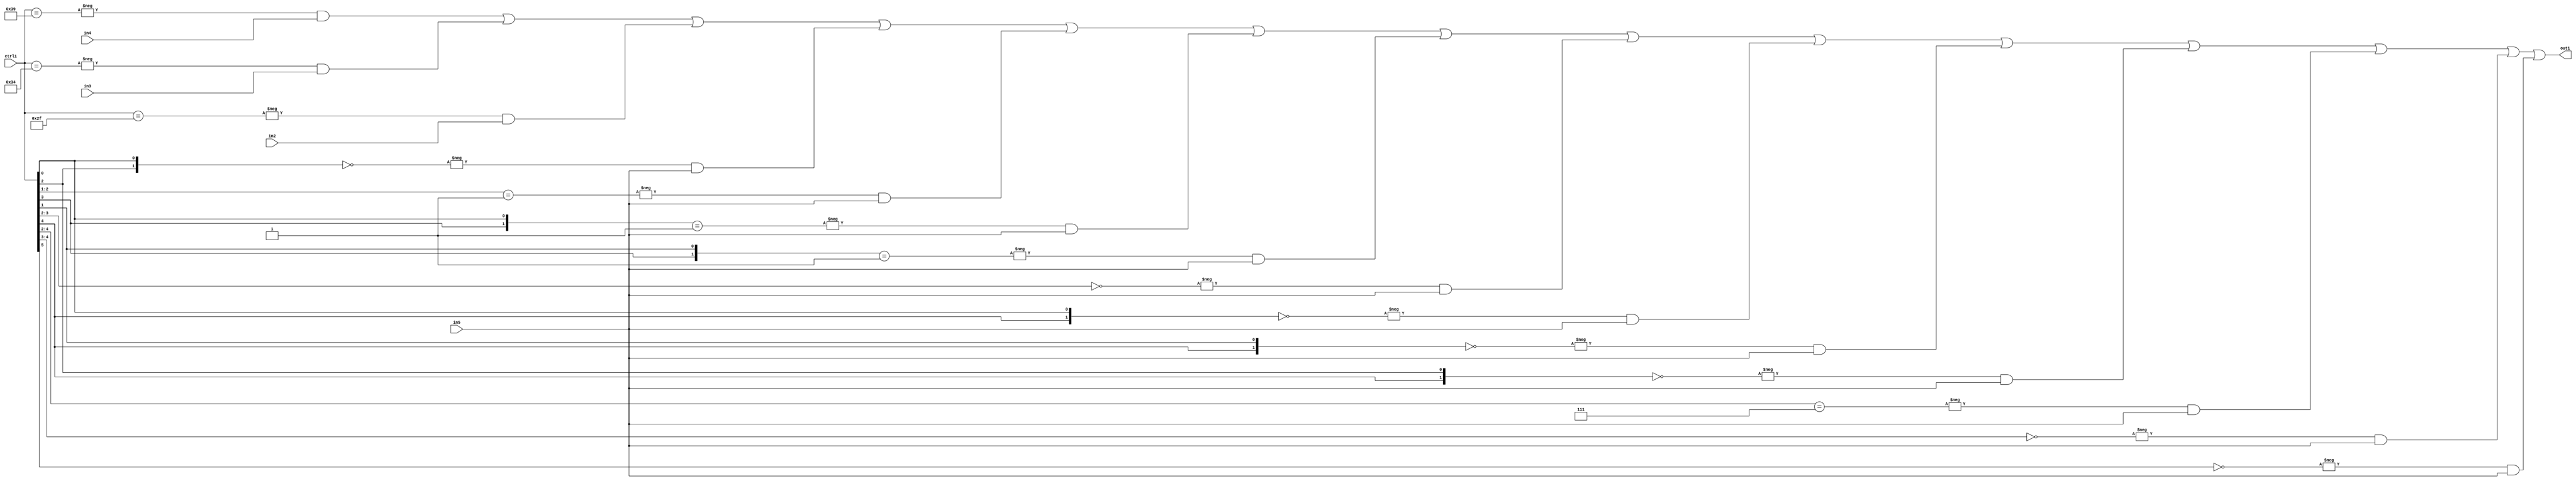
`timescale 1ps / 1ps
/*****************************************************************************
    Verilog RTL Description
    
    
    Created by: Stratus DpOpt 21.05.01 
*******************************************************************************/

module SobelFilter_N_Mux_32_4_28_4 (
	in5,
	in4,
	in3,
	in2,
	ctrl1,
	out1
	); /* architecture "behavioural" */ 
input [31:0] in5;
input [8:0] in4,
	in3,
	in2;
input [5:0] ctrl1;
output [31:0] out1;
wire [31:0] asc001;

assign asc001 = 
	-{ctrl1 == 6'B111001} & in4 |
	-{ctrl1 == 6'B110100} & in3 |
	-{ctrl1 == 6'B101111} & in2 |
	-{{ctrl1[2], ctrl1[0]} == 2'B00} & in5 |
	-{ctrl1[2:1] == 2'B01} & in5 |
	-{{ctrl1[3], ctrl1[0]} == 2'B01} & in5 |
	-{{ctrl1[3], ctrl1[1]} == 2'B01} & in5 |
	-{ctrl1[3:2] == 2'B00} & in5 |
	-{{ctrl1[4], ctrl1[0]} == 2'B00} & in5 |
	-{{ctrl1[4], ctrl1[1]} == 2'B00} & in5 |
	-{{ctrl1[4], ctrl1[2]} == 2'B00} & in5 |
	-{ctrl1[4:2] == 3'B111} & in5 |
	-{ctrl1[4:3] == 2'B00} & in5 |
	-{ctrl1[5] == 1'B0} & in5 ;

assign out1 = asc001;
endmodule

/* CADENCE  vLXyTQE= : u9/ySxbfrwZIxEzHVQQV8Q== ** DO NOT EDIT THIS LINE ******/